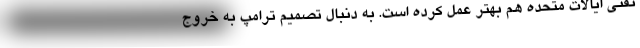
نفتی ایالات متحده هم بهتر عمل کرده است. به دنبال تصمیم ترامپ به خروج